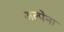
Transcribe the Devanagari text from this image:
अल्पेना